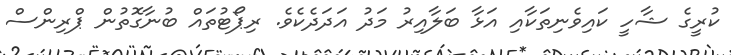
ކުރީގެ ޝާހީ ކައިވެނިތަކާއި އަޅާ ބަލާއިރު މަދު އަދަދެކެވެ. ރިޕޯޓުތައް ބުނާގޮތުން ޕްރިންސް